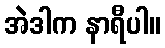
အဲဒါက နာရီပါ။